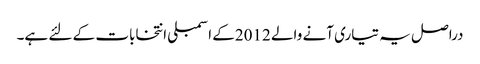
دراصل یہ تیاری آنے والے 2012کے اسمبلی انتخابات کے لئے ہے۔